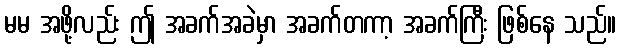
မမ အဖို့လည်း ဤ အခက်အခဲမှာ အခက်တကာ့ အခက်ကြီး ဖြစ်နေ သည်။